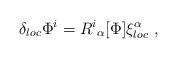
LaTeX: \begin{align*}\delta_{ loc} \Phi^i = R^i{}_\alpha [\Phi] \xi^\alpha_{ loc}\ ,\end{align*}